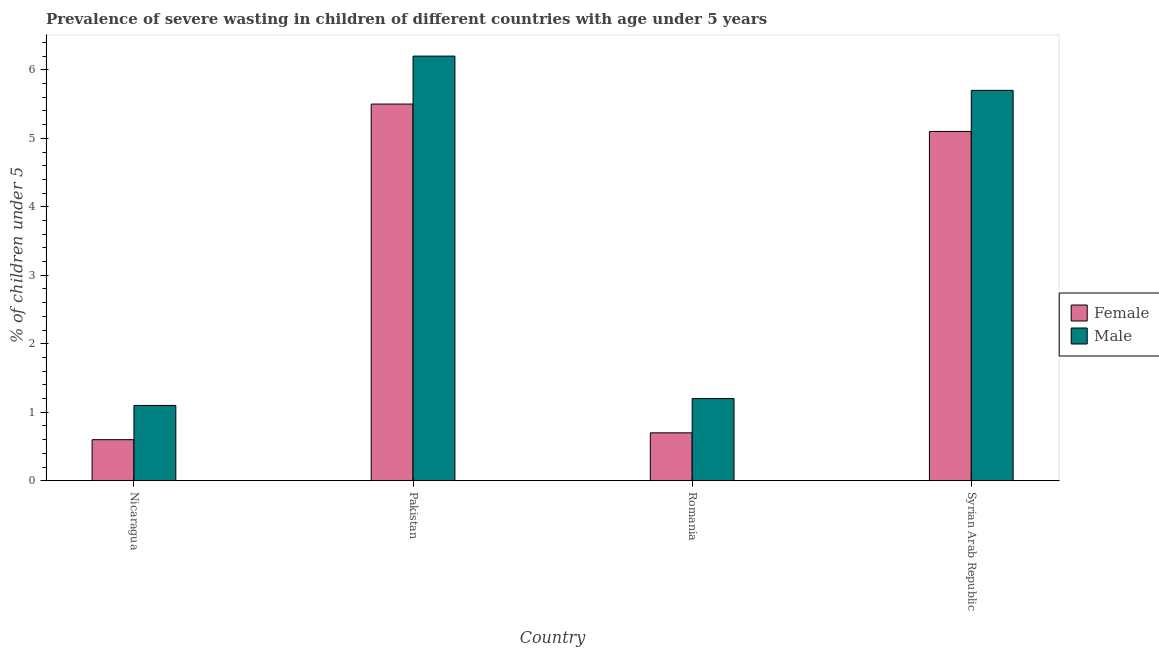
| Country | Female | Male |
 | --- | --- | --- |
 | Nicaragua | 0.6 | 1.1 |
 | Pakistan | 5.5 | 6.2 |
 | Romania | 0.7 | 1.2 |
 | Syrian Arab Republic | 5.1 | 5.7 |